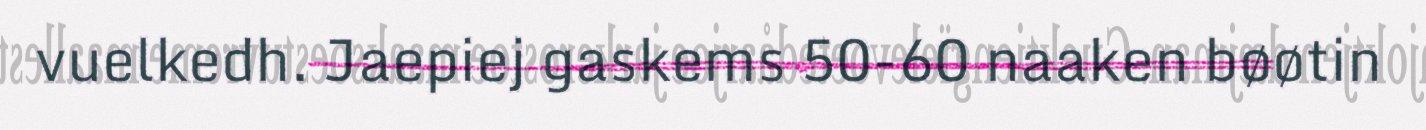
vuelkedh. Jaepiej gaskems 50-60 naaken bøøtin